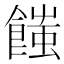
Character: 𩝚